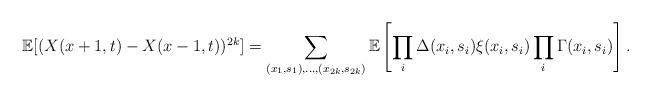
LaTeX: \begin{align*} \mathbb{E}[(X(x+1,t) - X(x-1,t))^{2k}] = \sum_{(x_1,s_1),\ldots,(x_{2k},s_{2k}) }\mathbb{E}\left[ \prod_{i} \Delta(x_i,s_i) \xi(x_i,s_i) \prod_i \Gamma(x_i,s_i)\right].\end{align*}